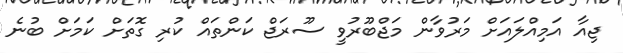
ޖިއާ އަމިއްލައަށް މަރުވާން މަޖްބޫރުވީ ސޫރަޖް ކަންތައް ކުރި ގޮތަށް ކަމަށް ބުނެ